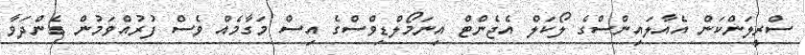
ސްރީލަންކަން އެއާލައިންސްގެ ލޯކަލް އެޖެންޓް އިނަމޯލްޑިވްސްގެ އިސް މަގާމެއް ވެސް ފުރުއްވަމުން ގެންދަވާ